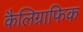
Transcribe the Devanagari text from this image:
कैलिग्राफिक